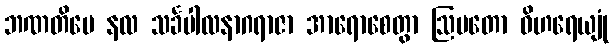
ဘဏတိပေ နလ သင်္ခပါလနာဂရာဇာ အာရောစေတွာ ဩမတော ဝိဟရေယျုံ